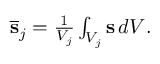
\begin{array} { r } { \overline { { \bf s } } _ { j } = \frac { 1 } { V _ { j } } \int _ { V _ { j } } { \bf s } \, d V . } \end{array}